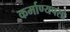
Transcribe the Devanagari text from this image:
कर्माण्यपसो